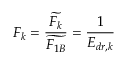
F _ { k } = \frac { \widetilde { F _ { k } } } { \widetilde { F _ { 1 B } } } = \frac { 1 } { E _ { d r , k } }